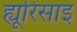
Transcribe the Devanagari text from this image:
ह्यूरिसाइ